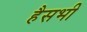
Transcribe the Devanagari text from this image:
हैसभी